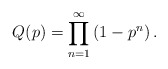
\begin{align*}Q(p) = \prod_{n=1}^{\infty} \left( 1-p^n \right).\end{align*}